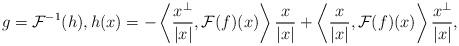
LaTeX: \begin{align*}g=\mathcal{F}^{-1}(h), h(x) = - \left\langle \frac{x^\perp}{|x|},\mathcal{F}(f)(x)\right\rangle \frac{x}{|x|} + \left\langle \frac{x}{|x|},\mathcal{F}(f)(x)\right\rangle \frac{x^\perp}{|x|},\end{align*}